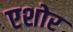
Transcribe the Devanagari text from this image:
एशोर